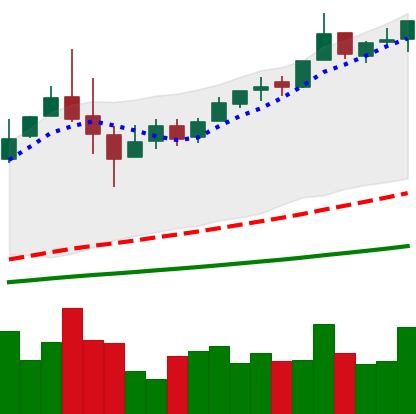
Ticker: BTC-USD
Chart end date: 2017-06-10
Forward return: -16.39%
Label: down_7plus